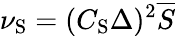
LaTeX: \nu_{\mathrm{{S}}}=(C_{\mathrm{{S}}}\Delta)^{2}\overline{{S}}